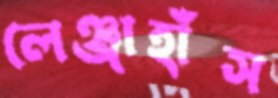
লেঞ্জাহাঁস